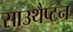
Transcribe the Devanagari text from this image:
साउथैप्टन